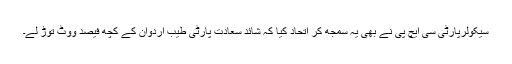
سیکولرپارٹی سی ایچ پی نے بھی یہ سمجھ کر اتحاد کیا کہ شائد سعادت پارٹی طیب اردوان کے کچھ فیصد ووٹ توڑ لے۔